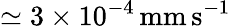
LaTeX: \simeq 3\times 10^{-4}\, \mathrm{mm\, s}^{-1}